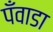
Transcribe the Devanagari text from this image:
पँवाडा